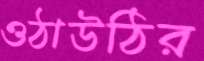
ওঠাউঠির